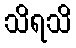
သိရသိ